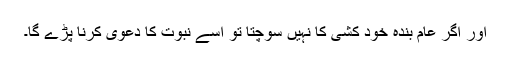
اور اگر عام بندہ خود کشی کا نہیں سوچتا تو اسے نبوت کا دعوی کرنا پڑے گا۔